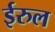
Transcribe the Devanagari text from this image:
ईरुल